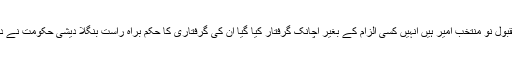
شیخ مقبول نو منتخب امیر ہیں انہیں کسی الزام کے بغیر اچانک گرفتار کیا گیا ان کی گرفتاری کا حکم براہ راست بنگلا دیشی حکومت نے دیا ہے۔